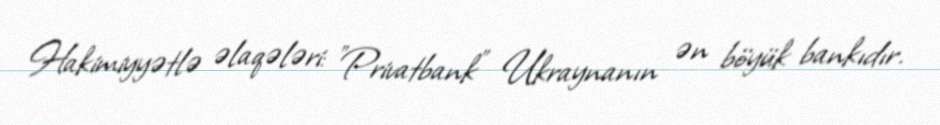
Hakimiyyətlə əlaqələri: "Privatbank" Ukraynanın ən böyük bankıdır.